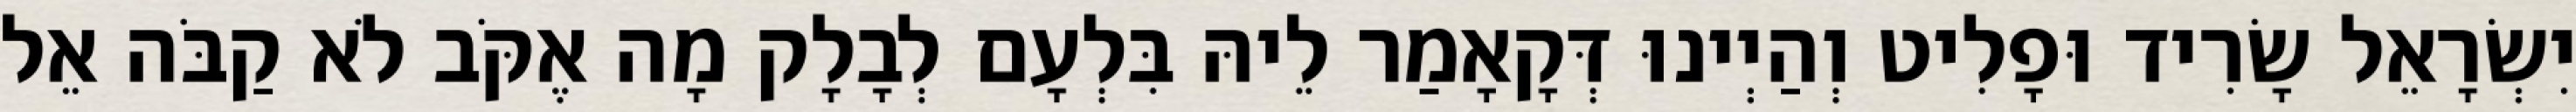
יִשְׂרָאֵל שָׂרִיד וּפָלִיט וְהַיְינוּ דְּקָאָמַר לֵיהּ בִּלְעָם לְבָלָק מָה אֶקֹּב לֹא קַבֹּה אֵל